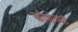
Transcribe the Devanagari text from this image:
कौशंव्यां